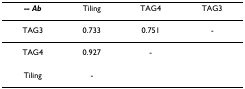
<table><thead><tr><td><b><i>-- Ab</i></b></td><td><b>Tiling</b></td><td><b>TAG4</b></td><td><b>TAG3</b></td></tr></thead><tbody><tr><td>TAG3</td><td>0.733</td><td>0.751</td><td>-</td></tr><tr><td>TAG4</td><td>0.927</td><td>-</td><td></td></tr><tr><td>Tiling</td><td>-</td><td></td><td></td></tr></tbody></table>